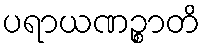
ပရာယဏဉ္စာတိ